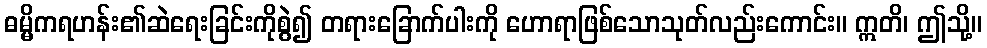
ဓမ္မိကရဟန်း၏ဆဲရေးခြင်းကိုစွဲ၍ တရားခြောက်ပါးကို ဟောရာဖြစ်သောသုတ်လည်းကောင်း။ ဣတိ၊ ဤသို့။